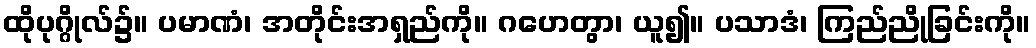
ထိုပုဂ္ဂိုလ်၌။ ပမာဏံ၊ အတိုင်းအရှည်ကို။ ဂဟေတွာ၊ ယူ၍။ ပသာဒံ၊ ကြည်ညိုခြင်းကို။